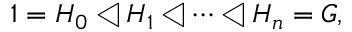
1 = H _ { 0 } \triangleleft H _ { 1 } \triangleleft \cdots \triangleleft H _ { n } = G ,